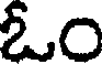
ఓం